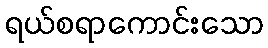
ရယ်စရာကောင်းသော